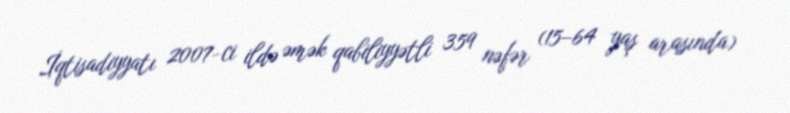
İqtisadiyyatı 2007-ci ildə əmək qabiliyyətli 359 nəfər (15–64 yaş arasında)